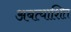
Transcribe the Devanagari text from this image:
अबत्याशित